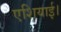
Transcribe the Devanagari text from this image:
एशियाई।